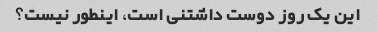
این یک روز دوست داشتنی است، اینطور نیست؟